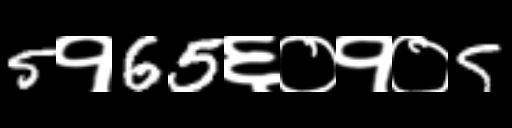
Text: 5१65६०१०5